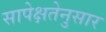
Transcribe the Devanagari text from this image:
सापेक्षतेनुसार